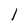
Character: l